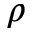
\rho